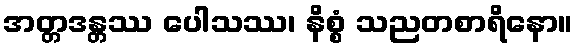
အတ္တဒန္တဿ ပေါသဿ၊ နိစ္စံ သညတစာရိနော။